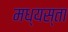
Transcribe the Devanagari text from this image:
मध्‍यस्ता